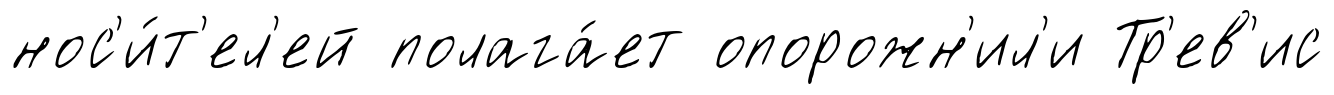
нос'и́т'ел'ей полага́ет опорожн'ил'и Тр'ев'ис